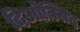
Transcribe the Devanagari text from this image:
दिओक्सिद